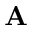
{ \bf A }